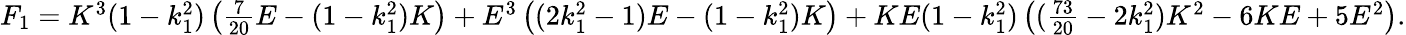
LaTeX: \begin{array}{r}{F_{1}=K^{3}(1-k_{1}^{2})\left(\frac{7}{20}E-(1-k_{1}^{2})K\right)+E^{3}\left((2k_{1}^{2}-1)E-(1-k_{1}^{2})K\right)+KE(1-k_{1}^{2})\left((\frac{73}{20}-2k_{1}^{2})K^{2}-6KE+5E^{2}\right).}\end{array}